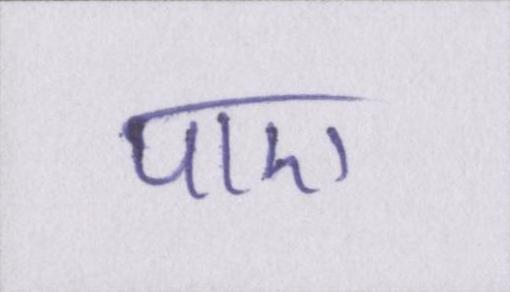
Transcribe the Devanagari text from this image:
पाए